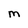
Character: M